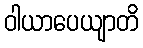
ဝါယာပေယျာတိ